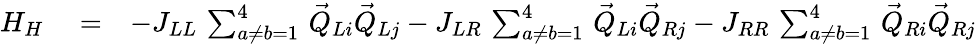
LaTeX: \begin{array}{rlr}{H_{H}}&{{}=}&{-J_{LL}\, \sum_{a\neq b=1}^{4}\, \vec{Q}_{Li}\vec{Q}_{Lj}-J_{LR}\, \sum_{a\neq b=1}^{4}\, \vec{Q}_{Li}\vec{Q}_{Rj}-J_{RR}\, \sum_{a\neq b=1}^{4}\, \vec{Q}_{Ri}\vec{Q}_{Rj}}\end{array}